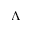
\Lambda